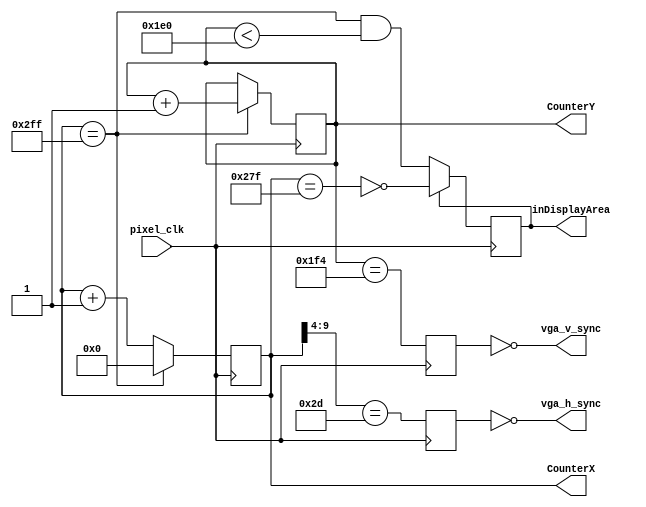
`timescale 1ns / 1ps
//////////////////////////////////////////////////////////////////////////////////
// Company: 
// Engineer: 
// 
// Design Name: 
// Module Name:    sync 
// Project Name: 
// Target Devices: 
// Tool versions: 
// Description: 
//
// Dependencies: 
//
// Revision: 
// Revision 0.01 - File Created
// Additional Comments: 
//
//////////////////////////////////////////////////////////////////////////////////
module vgasync(vga_h_sync, vga_v_sync, inDisplayArea, CounterX, CounterY,pixel_clk);
input pixel_clk;
output vga_h_sync, vga_v_sync;
output inDisplayArea;
output reg[9:0] CounterX;
output reg [8:0] CounterY;

wire CounterXmaxed = (CounterX==10'h2FF);

always @(posedge pixel_clk)
if(CounterXmaxed)
	CounterX <= 0;
else
	CounterX <= CounterX + 1'b1;

always @(posedge pixel_clk)
if(CounterXmaxed) CounterY <= CounterY + 1'b1;

reg	vga_HS, vga_VS;
always @(posedge pixel_clk)
begin
	vga_HS <= (CounterX[9:4]==6'h2D); // change this value to move the display horizontally
	vga_VS <= (CounterY==500); // change this value to move the display vertically
end

reg inDisplayArea;
always @(posedge pixel_clk)
if(inDisplayArea==0)
	inDisplayArea <= (CounterXmaxed) && (CounterY<480);
else
	inDisplayArea <= !(CounterX==639);
	
assign vga_h_sync = ~vga_HS;
assign vga_v_sync = ~vga_VS;

endmodule